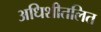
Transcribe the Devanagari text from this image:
अधिशीतलित